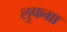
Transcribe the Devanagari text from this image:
लुफग्रा